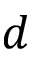
d